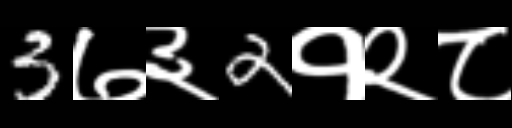
Text: 3७३2१२८